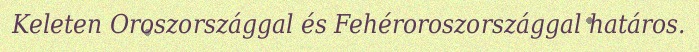
Keleten Oroszországgal és Fehéroroszországgal határos.